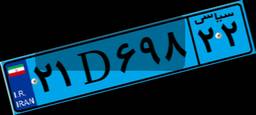
۵۶D۵۶۱۲۹